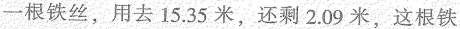
一根铁丝，用去 15.35 米，还剩 2.09米，这根铁